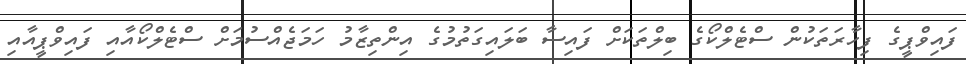
ފައިވްޕީގެ ފިހާރަތަކުން ސްޓެލްކޯގެ ބިލްތަކަށް ފައިސާ ބަލައިގަތުމުގެ އިންތިޒާމު ހަމަޖެއްސުމަށް ސްޓެލްކޯއާއި ފައިވްޕީއާއި